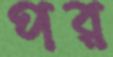
পর